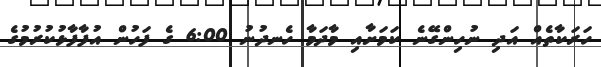
ހަރަކާތެއް އަދި ނުހިންގޭނެ ކަމަށާއި މާދަމާ ހެނދުނު 6:00 ގެ ފަހުން އުފާފާޅުކުރުމުގެ